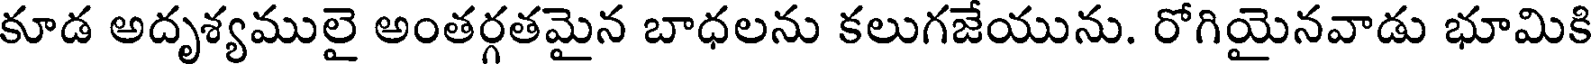
కూడ అదృశ్యములై అంతర్గతమైన బాధలను కలుగజేయును. రోగియైనవాడు భూమికి